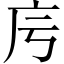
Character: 𢇡